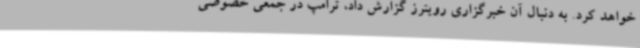
خواهد کرد. به دنبال آن خبرگزاری رویترز گزارش داد، ترامپ در جمعی خصوصی